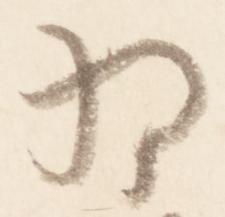
為